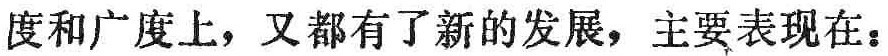
度和广度上，又都有了新的发展，主要表现在：